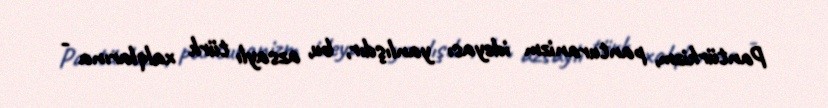
Pantürkizm, panturanizm ideyası yanlışdır, bu, azsaylı türk xalqlarına -